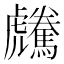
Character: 𩦶